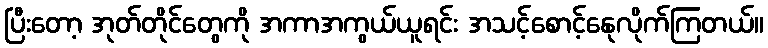
ပြီးတော့ အုတ်တိုင်တွေကို အကာအကွယ်ယူရင်း အသင့်စောင့်နေုလိုက်ကြတယ်။